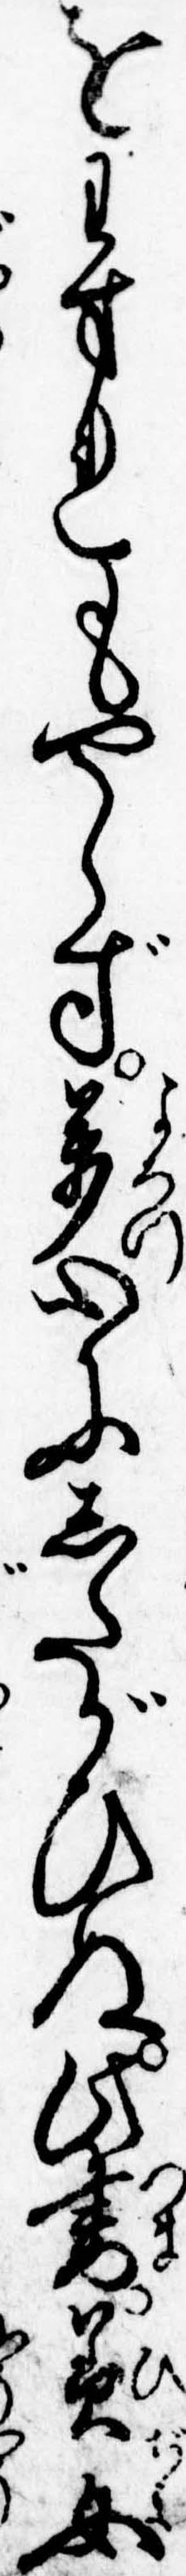
をわすれもやらず万心にしたがひぬ此妻美女